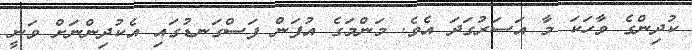
ކުދިންގެ ވާހަކަ މާ އަސަރުގަދަ އެވެ. މަންމަގެ އުފަން ފަސްގަނޑުގައި އެކުދިންނަށް ވަނީ